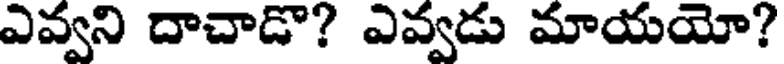
ఎవ్వని దాచాడొ? ఎవ్వడు మాయయో?